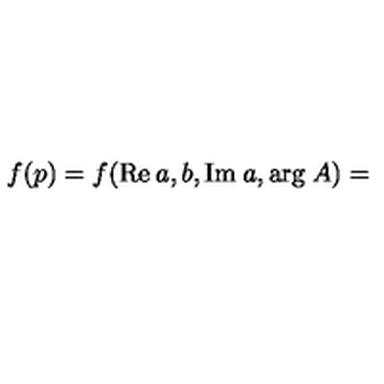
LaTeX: f ( p ) = f ( \mathrm { R e } \: a , b , \mathrm { I m } \: a , \mathrm { a r g } \: A ) =